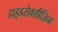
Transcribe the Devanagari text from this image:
हाइडरोक्सीज़िन